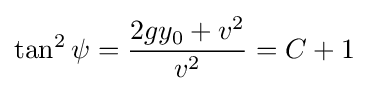
\tan ^{2}\psi ={\frac {2gy_{0}+v^{2}}{v^{2}}}=C+1